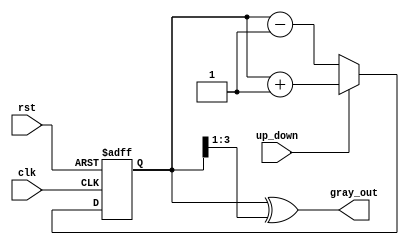
module gray_up_down_counter(
    input wire clk,
    input wire rst,
    input wire up_down,
    output reg [3:0] gray_out
);

reg [3:0] gray_ff;

always @(posedge clk or posedge rst) begin
    if(rst) begin
        gray_ff <= 4'b0001;
    end else begin
        if(up_down) begin
            gray_ff <= gray_ff + 1;
        end else begin
            gray_ff <= gray_ff - 1;
        end
    end
end

assign gray_out = gray_ff ^ (gray_ff >> 1);

endmodule